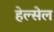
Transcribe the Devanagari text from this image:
हेल्सेल